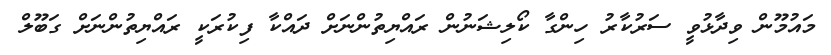
މައުމޫން ވިދާޅުވީ ސަރުކާރު ހިންގާ ކޯލިޝަނުން ރައްޔިތުންނަށް ދައްކާ ފިކުރަކީ ރައްޔިތުންނަށް ގަބޫލް